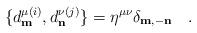
LaTeX: \begin{align*}\{ d^{\mu (i)}_{\bf m}, d^{\nu (j)}_{\bf n}\}=\eta^{\mu \nu}\delta_{\bf m,\bf -n}\quad .\end{align*}